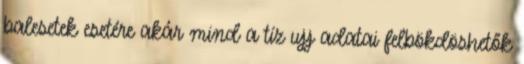
balesetek esetére akár mind a tíz ujj adatai felbökdöshetők